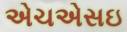
એચએસઇ